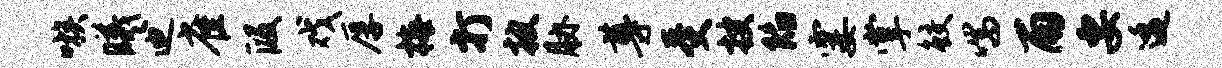
嗾曦迪雀段戏厚梅打披胁尊受搜陷霎掌鲛喘雨要逶